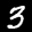
Label: 3